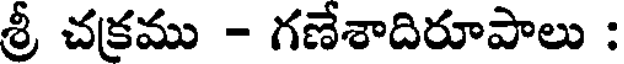
శ్రీ చక్రము - గణేశాదిరూపాలు :